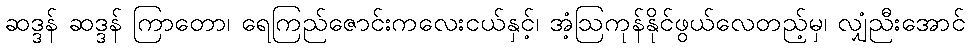
ဆဒ္ဒန် ဆဒ္ဒန် ကြာတော၊ ရေကြည်ဇောင်းကလေးငယ်နှင့်၊ အံ့ဩကုန်နိုင်ဖွယ်လေတည့်မှ၊ လျှံညီးအောင်